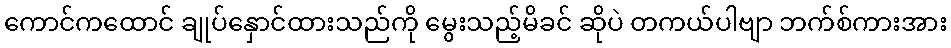
ကောင်ကထောင် ချုပ်နှောင်ထားသည်ကို မွေးသည့်မိခင် ဆိုပဲ တကယ်ပါဗျာ ဘက်စ်ကားအား